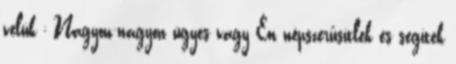
velük ; Nagyon-nagyon ügyes vagy Én népszerűsítlek és segítek